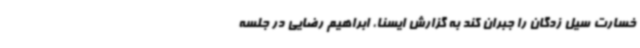
خسارت سیل زدگان را جبران کند به گزارش ایسنا، ابراهیم رضایی در جلسه